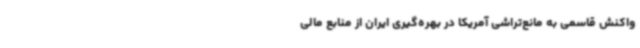
واکنش قاسمی به مانع‌تراشی آمریکا در بهره‌گیری ایران از منابع مالی